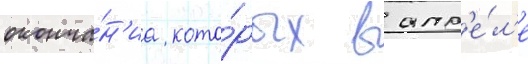
оконча́н'иа кото́рых в апр'е́л'е